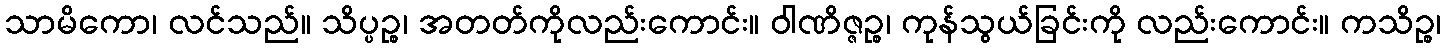
သာမိကော၊ လင်သည်။ သိပ္ပဉ္စ၊ အတတ်ကိုလည်းကောင်း။ ဝါဏိဇ္ဇဉ္စ၊ ကုန်သွယ်ခြင်းကို လည်းကောင်း။ ကသိဉ္စ၊